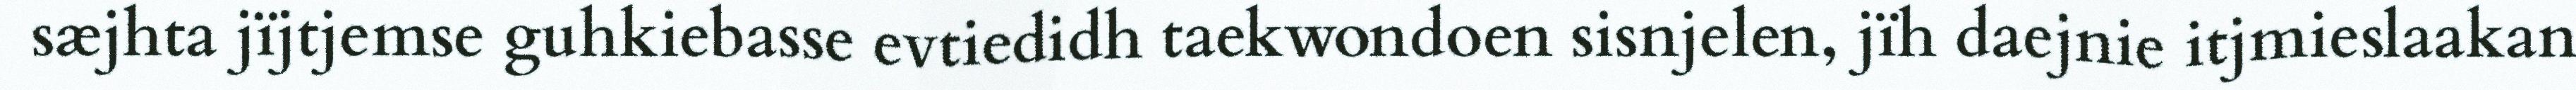
sæjhta jïjtjemse guhkiebasse evtiedidh taekwondoen sisnjelen, jïh daejnie itjmieslaakan